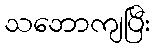
သဘောကျပြီး